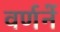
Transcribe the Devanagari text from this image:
वर्णनें